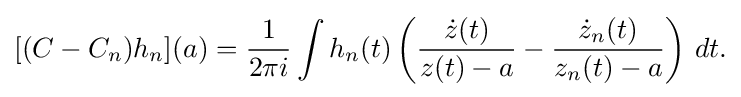
\displaystyle {[(C-C_{n})h_{n}](a)={1 \over 2\pi i}\int h_{n}(t)\left({{\dot {z}}(t) \over z(t)-a}-{{\dot {z}}_{n}(t) \over z_{n}(t)-a}\right)\,dt.}